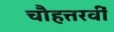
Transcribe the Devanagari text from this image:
चौहत्तरवीं